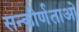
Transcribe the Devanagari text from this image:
सन्कीर्णताओ